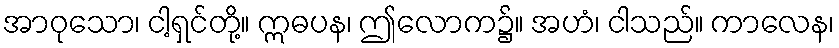
အာဝုသော၊ ငါ့ရှင်တို့။ ဣဓပန၊ ဤလောက၌။ အဟံ၊ ငါသည်။ ကာလေန၊